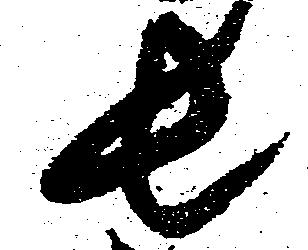
長